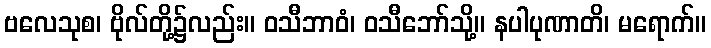
ဗလေသုစ၊ ဗိုလ်တို့၌လည်း။ ဝသီဘာဝံ၊ ဝသီဘော်သို့။ နပါပုဏာတိ၊ မရောက်။